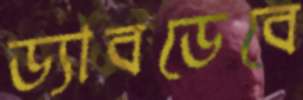
ড্যাবডেবে